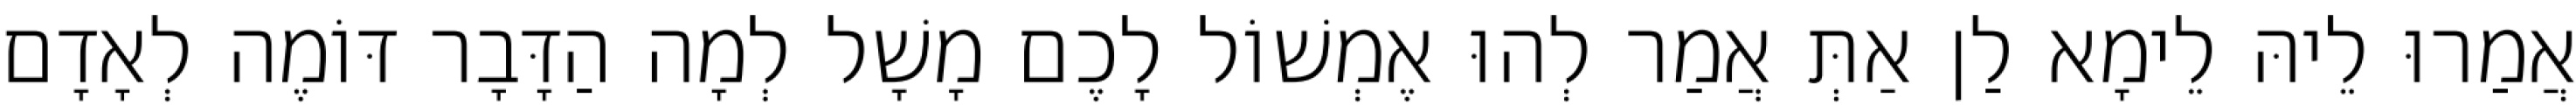
אֲמַרוּ לֵיהּ לֵימָא לַן אַתְּ אֲמַר לְהוּ אֶמְשׁוֹל לָכֶם מָשָׁל לְמָה הַדָּבָר דּוֹמֶה לְאָדָם